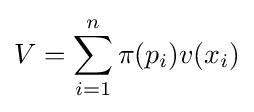
V=\sum _{i=1}^{n}\pi (p_{i})v(x_{i})